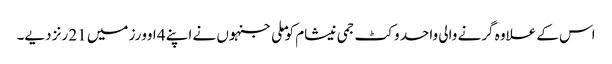
اس کے علاوہ گرنے والی واحد وکٹ جمی نیشام کو ملی جنہوں نے اپنے 4 اوورز میں 21 رنز دیے۔